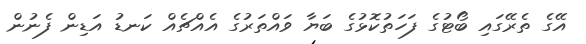
އޭގެ ތެރޭގައި ބޯޓުގެ ފަހަތުކޮޅުގެ ބަޔާ ވައްތަރުގެ އެއްޗެއް ކަނޑު އަޑިން ފެނުން